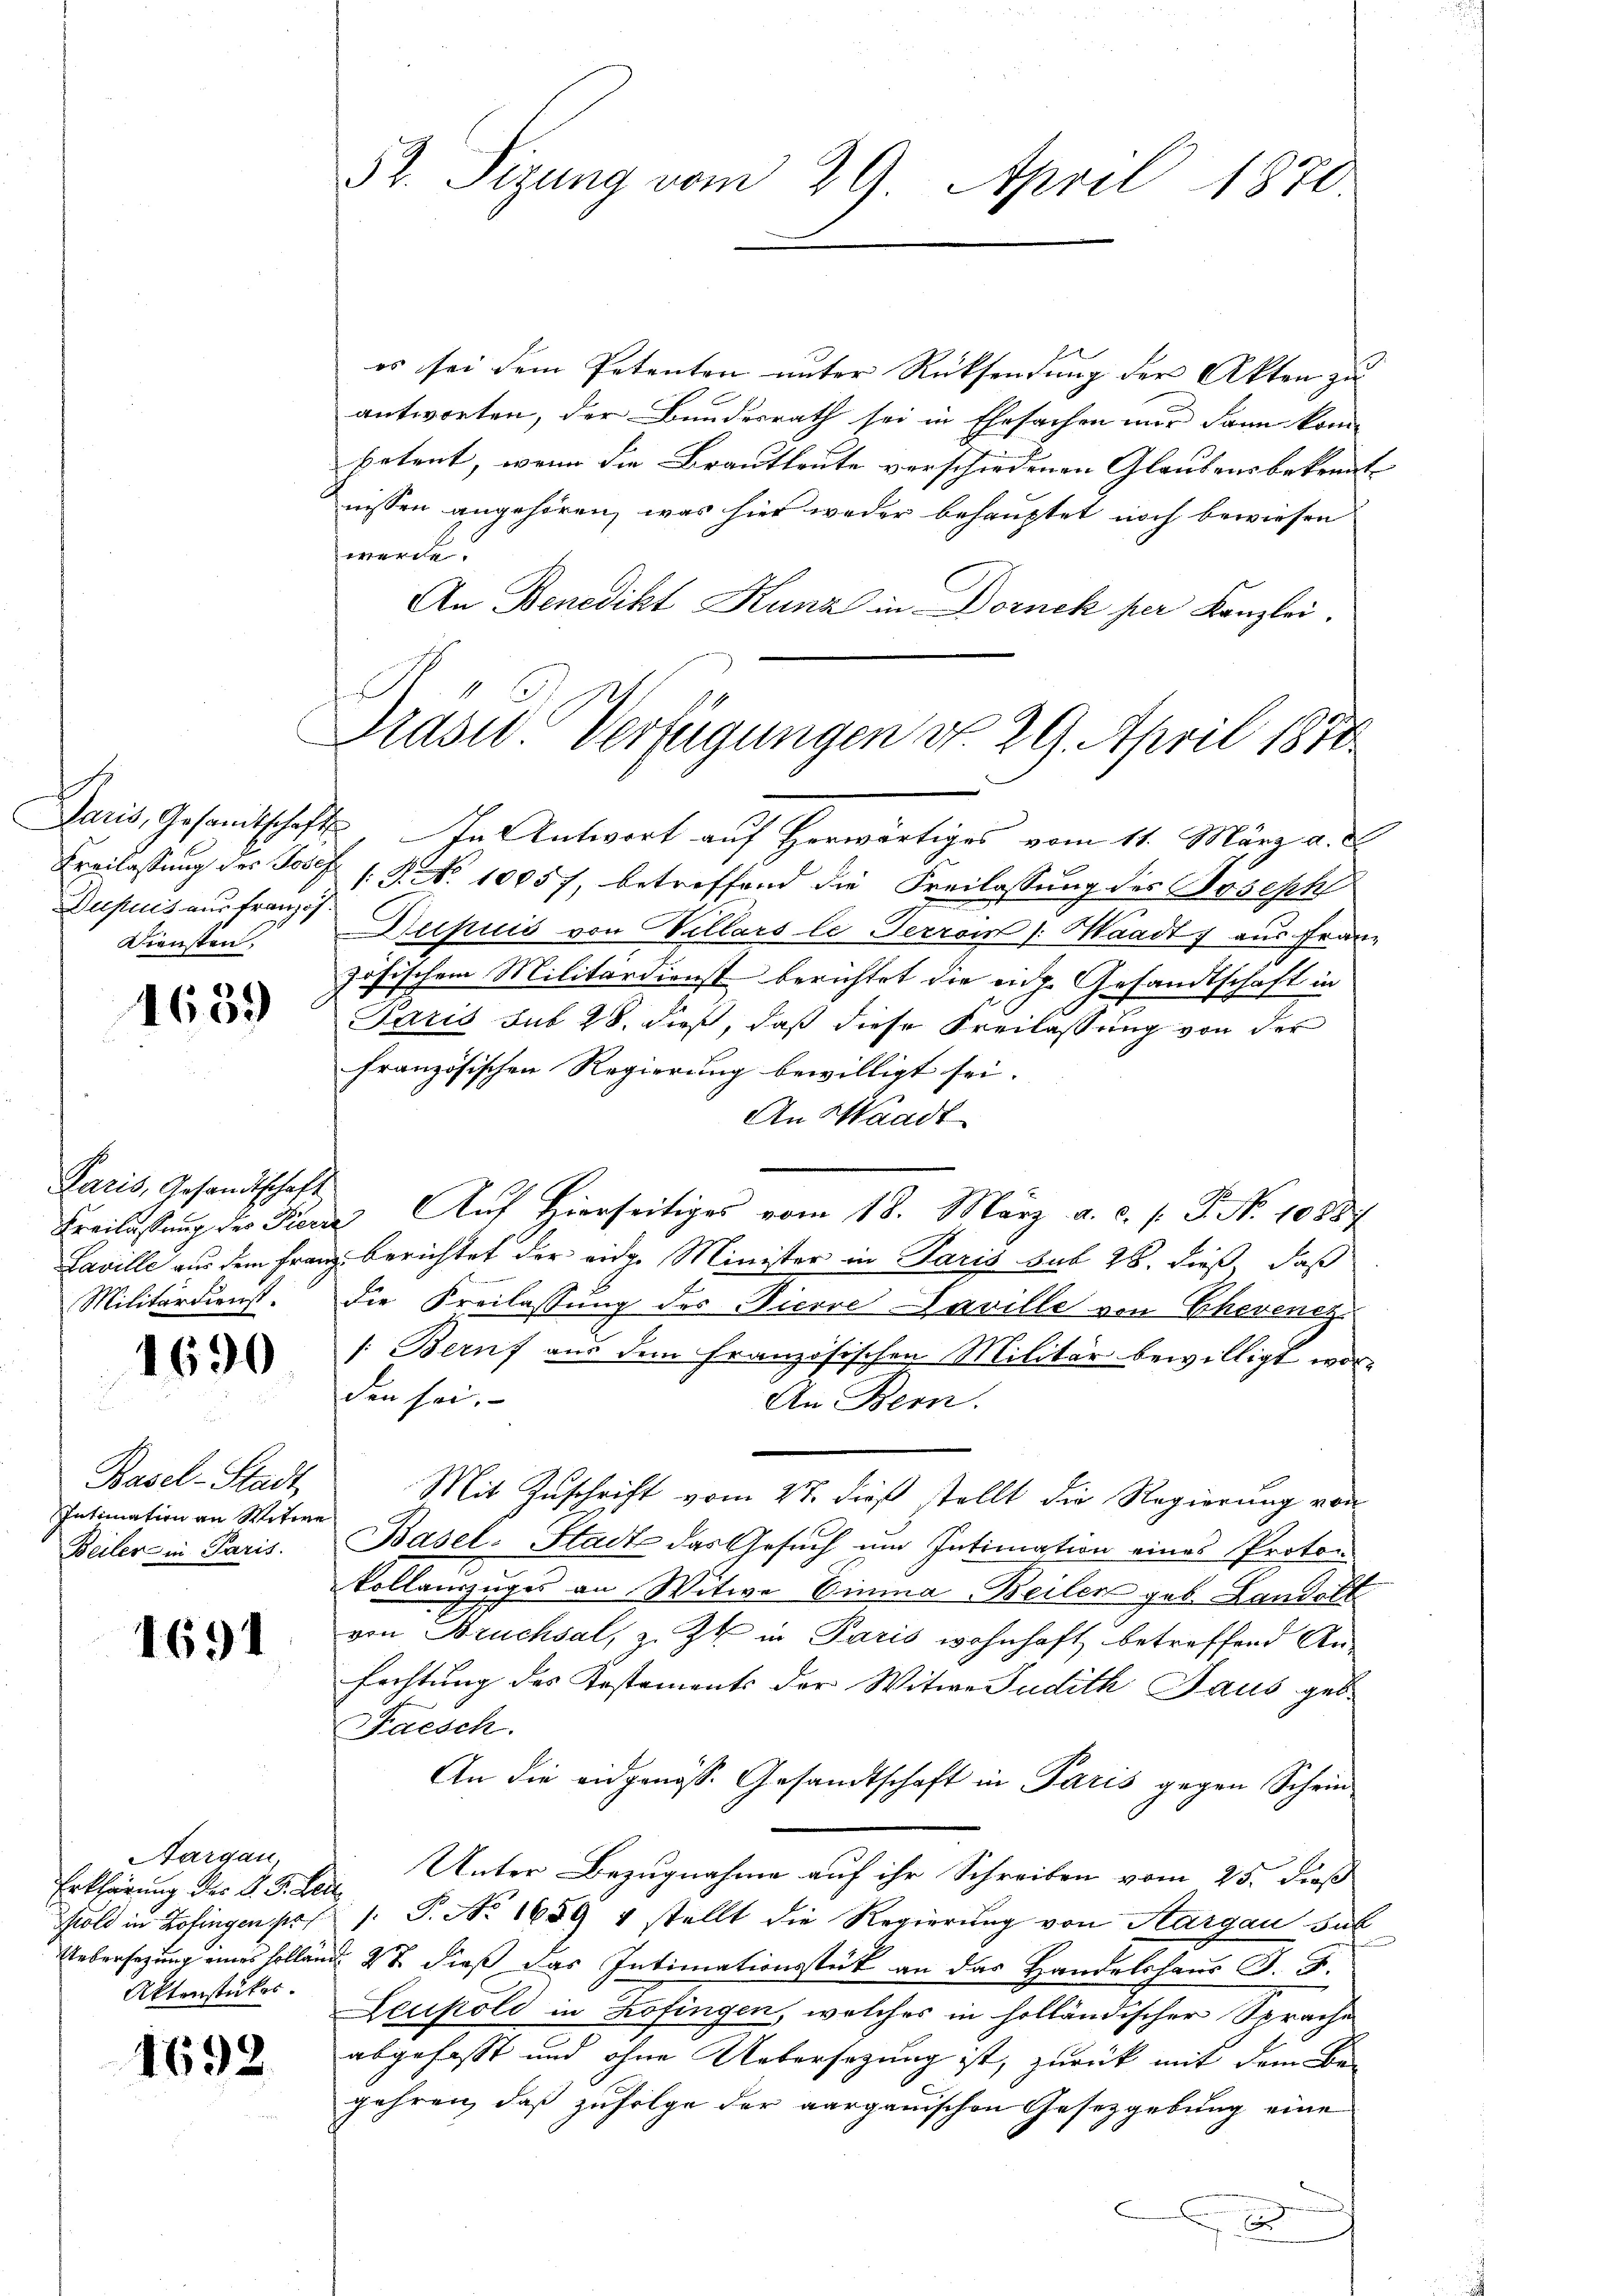
Dupuis aus französ.
Diensten,

1639

Paris, Gesandtschaft
Militärdienst.

1690

Basel-Stadt
Intimation an Witwe
Beiler in Paris.

1691

Aargau,
Erklärung der d. J. Heu
Aktenstücker.

1692

52. Sizung vom 29. April 1870

Präsid. Verfügungen d. 29. April 1870

es sei dem Petenten unter Rücksendung der Akten zu |
antworten, der Bundesrath sei in Ehesachen nur dann kom
petent, wenn die Brautleute verschiedenen Glaubens bekannte
nissen angehören, was hier weder behauptet noch bewiesen
werde.
An Benedikt Kunz in Dornek per Kanzlei.
Daris, Gesandtschaft In Antwort auf Herwärtiges vom 11. März a. d.
Freilassung des Josef 1. 8. No 10057, betreffend die Freilassung des Joseph
Dupuis von Wellars le Terroin /: Waadt, aus Franz
zösischem Militärdienst berichtet die eidg. Gesandtschaft in
Jaris sub 28. dieß, daß diese Freilassung von der
französischen Regierung bewilligt sei.
An Waadt
Freilassung des Tiere Auf Hierseitiges vom 18. März a. c. s. F. No 10887
Laville aus dem Franz berichtet der eidge Minister in Paris sub 28. dieß, daß
die Freilassung des Picove-Paville von Ehevenez
/: Beruf aus dem französischen Militär bewilligt worden sei.
An Bern.
Mit Zuschrift vom 27. dieß stellt die Regierung von
Basel-Stadt das Gesuch um Intimation eines Proton-
kollauszuges an Witwe Einna Beilen geb. Landolt
von Bruchsal, z. Zt. in Paris wohnhaft betreffend An-
fachtung des Kostements der Witwe Judith Haus geb.
Faesch.
An die eidgenösse Gesandtschaft in Paris gegen Schein
Unter Bezugnahme auf ihr Schreiben vom 25. dieß
Kold in Zofingen pr. 1. P. No. 1659 4 stellt die Regierŭng von Aargau sub
Uebersezung eines sollend 48 dieß das Intimationsstück an das Handelshaus J. F.
Leupold in Zofingen, welches in holländischer Sprache
abgefasst und ohne Uebersetzung ist, zurück mit dem Begehren, daß zufolge der aargauischen Gesetzgebung eine
.